Leaving Certificate Examination, 1920
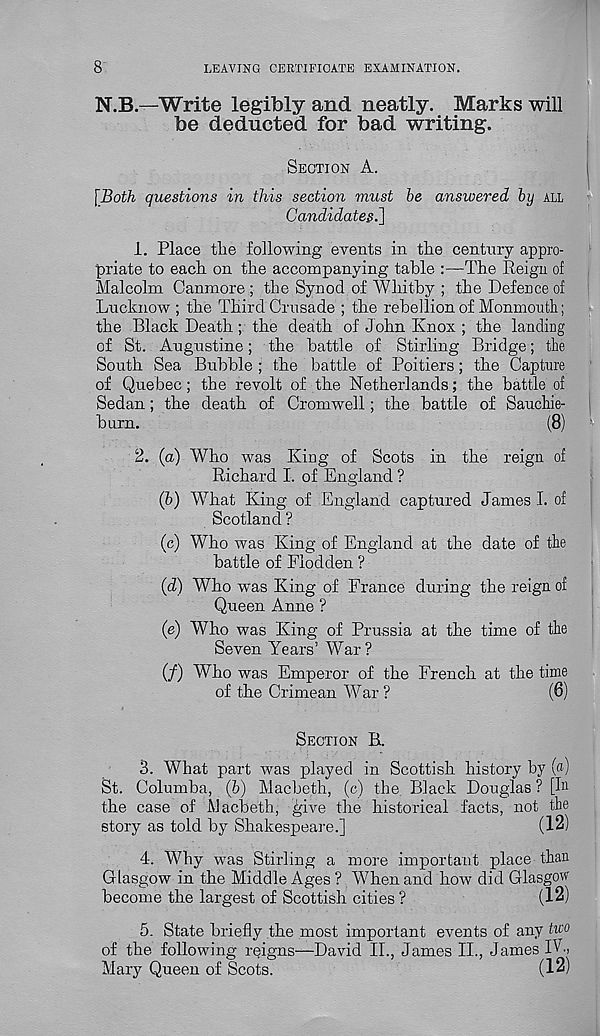
8
LEAVING CERTIFICATE EXAMINATION.
N.B.—Write legibly and neatly. Marks will
be deducted for bad writing.
SECTION A.
\Both questions in this section must be answered by ALL
Candidates.]
1. Place the following events in the century appro-
priate to each on the accompanying table :—The Reign of
Malcolm Canmore ; the Synod of Whitby ; the Defence of
Lucknow ; the Third Crusade ; the rebellion of Monmouth;
the Black Death; the death of John Knox ; the landing
of St. Augustine; the battle of Stirling Bridge; the
South Sea Bubble ; the battle of Poitiers; the Capture
of Quebec; the revolt of the Netherlands; the battle of
Sedan; the death of Cromwell; the battle of Sauchie-
burn.
(8)
2. (a) Who was King of Scots in the reign of
Richard I. of England ?
(b) What King of England captured James I. of
Scotland ?
(c) Who was King of England at the date of the
battle of Flodden ?
(d) Who was King of France during the reign of
Queen Anne ?
(e) Who was King of Prussia at the time of the
Seven Years’ War?
(/) Who was Emperor of the French at the time
of the Crimean War ?
(6)
SECTION B.
3. What part was played in Scottish history by («)
St. Columba, (b) Macbeth, (c) the. Black Douglas ? [hi
the case of Macbeth, give the historical facts, not the
story as told by Shakespeare.]
(12)
4. Why was Stirling a more important place than
Glasgow in the Middle Ages ? When and how did Glasgow
become the largest of Scottish cities ?
(12)
5. State briefly the most important events of any two
of the following reigns—David II., James II., James IV.,
Mary Queen of Scots.
(12)